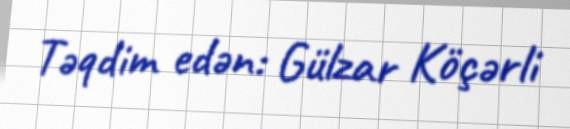
Təqdim edən: Gülzar Köçərli